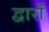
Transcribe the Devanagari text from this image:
द्वार्रों